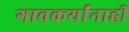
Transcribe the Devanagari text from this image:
गावकर्यांनाही